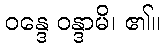
ဝန္ဒေ ဝန္ဒာမိ၊ ၏။